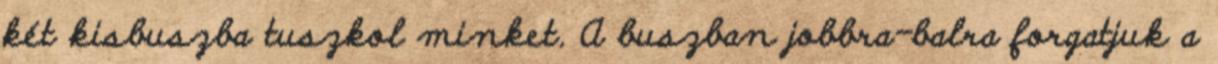
két kisbuszba tuszkol minket. A buszban jobbra-balra forgatjuk a